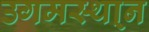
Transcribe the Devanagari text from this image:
उगमस्था्न